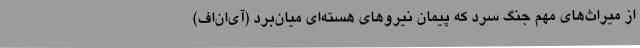
از میراث‌های مهم جنگ سرد که پیمان نیروهای هسته‌ای میان‌برد (آی‌ان‌اف)